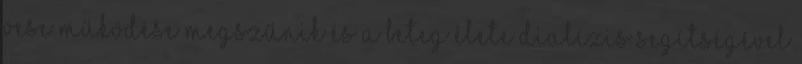
vese működése megszűnik és a beteg élete dialízis segítségével